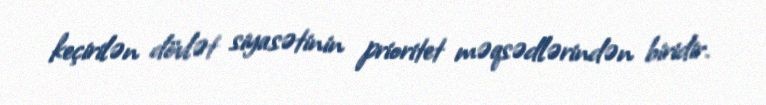
keçirilən dövlət siyasətinin prioritet məqsədlərindən biridir.